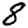
Digit: 8